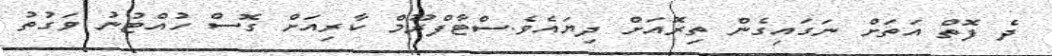
ދެ ފޮތް އަތަށް ނަގައިގެން ތިރޮއަށް ދިޔައެވެ.ސްޓާފްރޫމް ކާރިއަށް ގޮސް ހުއްޓުނު ވަަގުތު